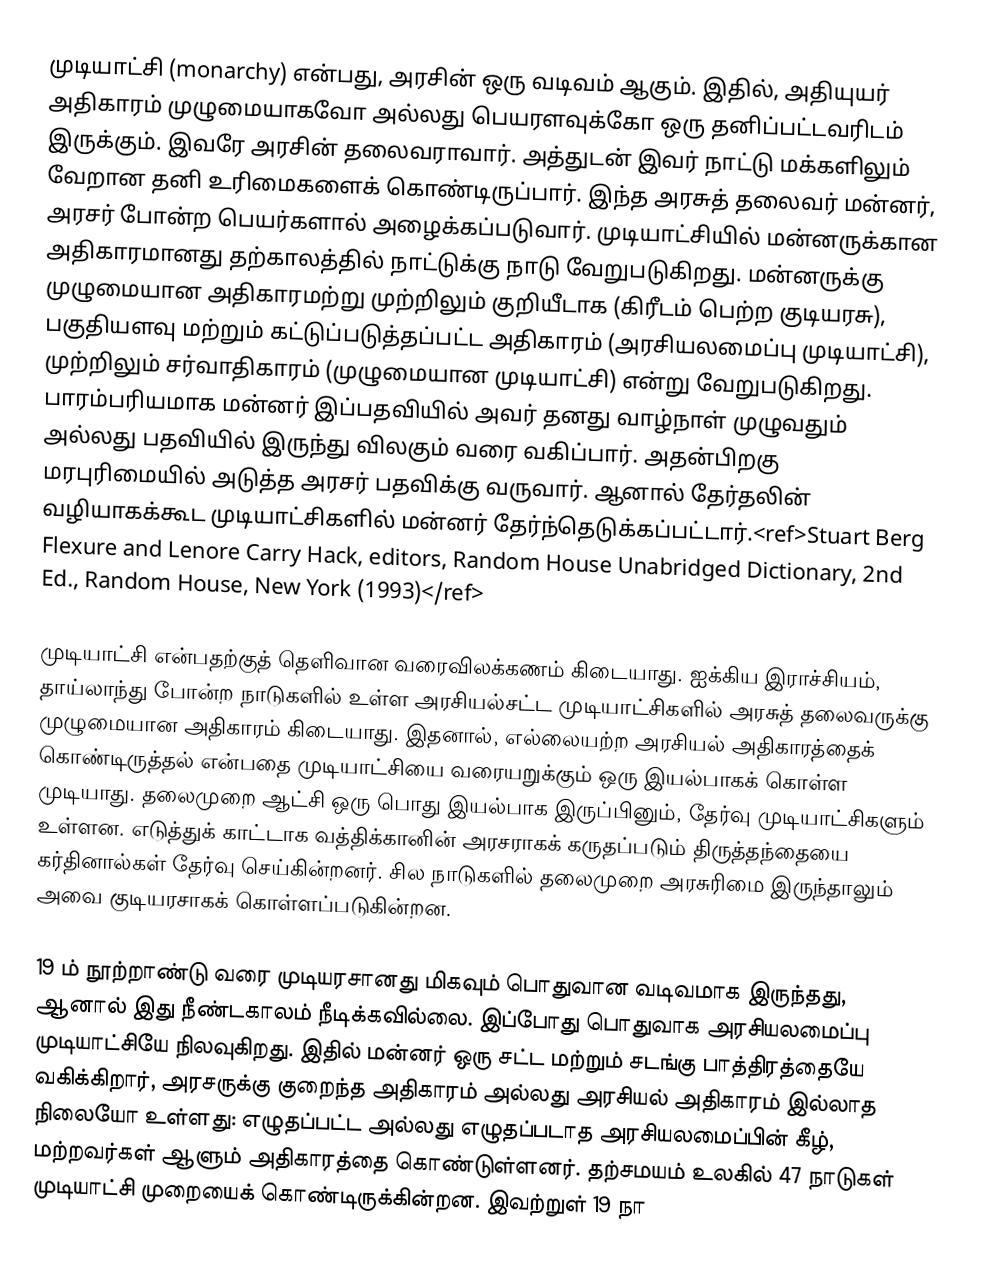
முடியாட்சி (monarchy) என்பது, அரசின் ஒரு வடிவம் ஆகும். இதில், அதியுயர் அதிகாரம் முழுமையாகவோ அல்லது பெயரளவுக்கோ ஒரு தனிப்பட்டவரிடம் இருக்கும். இவரே அரசின் தலைவராவார்.  அத்துடன் இவர் நாட்டு மக்களிலும் வேறான தனி உரிமைகளைக் கொண்டிருப்பார். இந்த அரசுத் தலைவர் மன்னர், அரசர் போன்ற பெயர்களால் அழைக்கப்படுவார். முடியாட்சியில் மன்னருக்கான அதிகாரமானது தற்காலத்தில் நாட்டுக்கு நாடு வேறுபடுகிறது. மன்னருக்கு முழுமையான அதிகாரமற்று முற்றிலும் குறியீடாக (கிரீடம் பெற்ற குடியரசு), பகுதியளவு மற்றும் கட்டுப்படுத்தப்பட்ட அதிகாரம் (அரசியலமைப்பு முடியாட்சி), முற்றிலும் சர்வாதிகாரம் (முழுமையான முடியாட்சி) என்று வேறுபடுகிறது. பாரம்பரியமாக மன்னர் இப்பதவியில் அவர் தனது வாழ்நாள் முழுவதும் அல்லது பதவியில் இருந்து விலகும் வரை வகிப்பார். அதன்பிறகு மரபுரிமையில் அடுத்த அரசர் பதவிக்கு வருவார்.   ஆனால் தேர்தலின் வழியாகக்கூட முடியாட்சிகளில் மன்னர் தேர்ந்தெடுக்கப்பட்டார்.<ref>Stuart Berg Flexure and Lenore Carry Hack, editors, Random House Unabridged Dictionary, 2nd Ed., Random House, New York (1993)</ref>

முடியாட்சி என்பதற்குத் தெளிவான வரைவிலக்கணம் கிடையாது. ஐக்கிய இராச்சியம், தாய்லாந்து போன்ற நாடுகளில் உள்ள அரசியல்சட்ட முடியாட்சிகளில் அரசுத் தலைவருக்கு முழுமையான அதிகாரம் கிடையாது. இதனால், எல்லையற்ற அரசியல் அதிகாரத்தைக் கொண்டிருத்தல் என்பதை முடியாட்சியை வரையறுக்கும் ஒரு இயல்பாகக் கொள்ள முடியாது. தலைமுறை ஆட்சி ஒரு பொது இயல்பாக இருப்பினும், தேர்வு முடியாட்சிகளும் உள்ளன. எடுத்துக் காட்டாக வத்திக்கானின் அரசராகக் கருதப்படும் திருத்தந்தையை கர்தினால்கள் தேர்வு செய்கின்றனர். சில நாடுகளில் தலைமுறை அரசுரிமை இருந்தாலும் அவை குடியரசாகக் கொள்ளப்படுகின்றன.

19 ம் நூற்றாண்டு வரை முடியரசானது மிகவும் பொதுவான வடிவமாக இருந்தது, ஆனால் இது நீண்டகாலம் நீடிக்கவில்லை. இப்போது பொதுவாக அரசியலமைப்பு முடியாட்சியே நிலவுகிறது.  இதில் மன்னர் ஒரு சட்ட மற்றும் சடங்கு பாத்திரத்தையே வகிக்கிறார், அரசருக்கு குறைந்த அதிகாரம் அல்லது அரசியல் அதிகாரம் இல்லாத நிலையோ உள்ளது:  எழுதப்பட்ட அல்லது எழுதப்படாத அரசியலமைப்பின் கீழ், மற்றவர்கள் ஆளும் அதிகாரத்தை கொண்டுள்ளனர். தற்சமயம் உலகில் 47 நாடுகள் முடியாட்சி முறையைக் கொண்டிருக்கின்றன. இவற்றுள் 19 நா